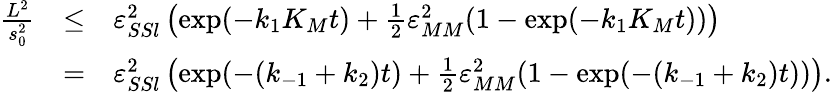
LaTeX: \begin{array}{rcl}{\frac{L^{2}}{s_{0}^{2}}}&{\leq}&{\varepsilon_{SSl}^{2}\left(\exp(-k_{1}K_{M}t)+\frac 12\varepsilon_{MM}^{2}(1-\exp(-k_{1}K_{M}t))\right)}\\ &{=}&{\varepsilon_{SSl}^{2}\left(\exp(-(k_{-1}+k_{2})t)+\frac 12\varepsilon_{MM}^{2}(1-\exp(-(k_{-1}+k_{2})t))\right).}\end{array}